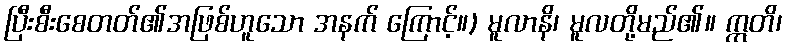
ပြီးစီးစေတတ်၏အဖြစ်ဟူသော အနက် ကြောင့်။) မူလာနိ၊ မူလတို့မည်၏။ ဣတိ၊